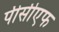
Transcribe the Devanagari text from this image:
पीसीएफ